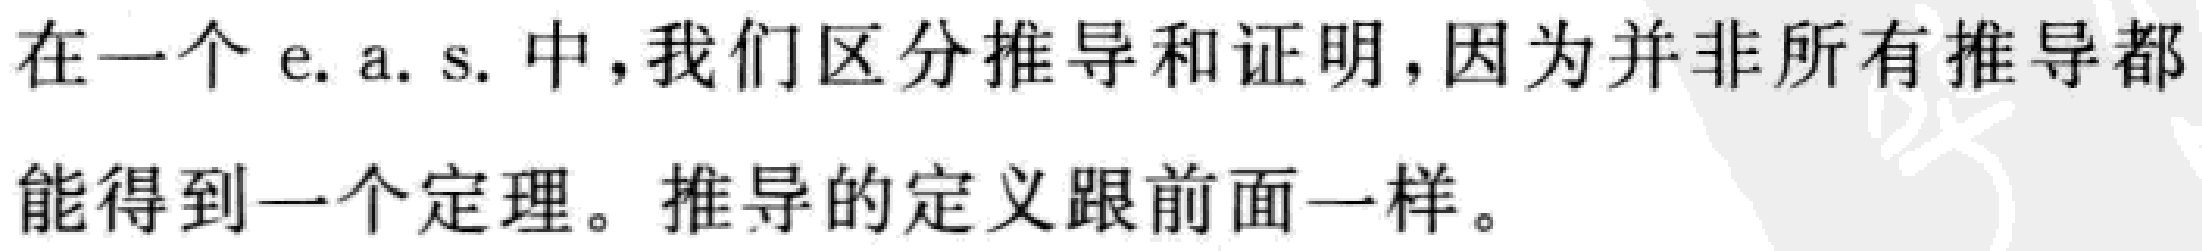
在一个 e. a. s. 中，我们区分推导和证明，因为并非所有推导都能得到一个定理。推导的定义跟前面一样。